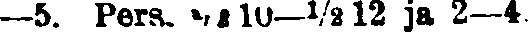
—5. Pers. ½10—½12 ja 2—4.